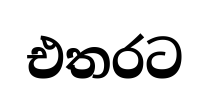
එතරට